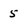
Character: 5